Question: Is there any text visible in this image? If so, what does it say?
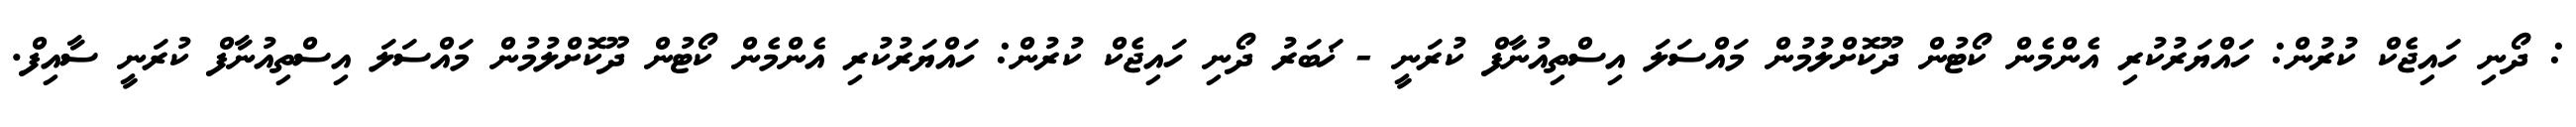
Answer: : ދޯނި ހައިޖެކް ކުރުން: ހައްޔަރުކުރި އެންމެން ކޯޓުން ދޫކޮށްލުމުން މައްސަލަ އިސްތިއުނާފް ކުރަނީ - ޚަބަރު ދޯނި ހައިޖެކް ކުރުން: ހައްޔަރުކުރި އެންމެން ކޯޓުން ދޫކޮށްލުމުން މައްސަލަ އިސްތިއުނާފް ކުރަނީ ސާއިފް.